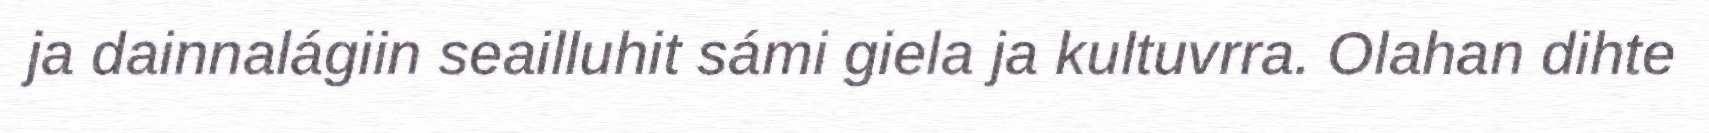
ja dainnalágiin seailluhit sámi giela ja kultuvrra. Olahan dihte